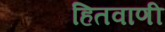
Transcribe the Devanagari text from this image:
हितवाणी